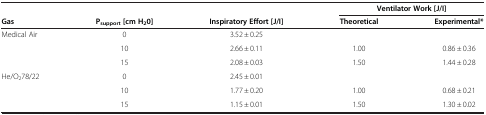
| <COLSPAN=3>  | <COLSPAN=2> Ventilator Work [J/I] |
 | Gas | Psupport[cm H20] | Inspiratory Effort [J/I] | Theoretical | Experimental* |
 | --- | --- | --- | --- | --- |
 | <ROWSPAN=3> Medical Air | 0 | 3.52 ± 0.25 |  |  |
 | 10 | 2.66 ± 0.11 | 1.00 | 0.86 ± 0.36 |
 | 15 | 2.08 ± 0.03 | 1.50 | 1.44 ± 0.28 |
 | <ROWSPAN=3> He/O278/22 | 0 | 2.45 ± 0.01 |  |  |
 | 10 | 1.77 ± 0.20 | 1.00 | 0.68 ± 0.21 |
 | 15 | 1.15 ± 0.01 | 1.50 | 1.30 ± 0.02 |